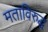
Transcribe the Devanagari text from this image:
मताविरुद्ध